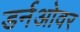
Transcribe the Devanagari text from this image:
डर्नओवर